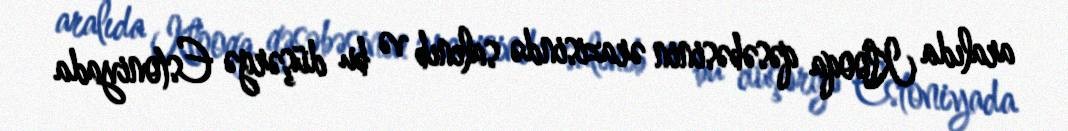
aralıda Klooqa qəsəbəsinin ərazisində salınıb və bu düşərgə Estoniyada